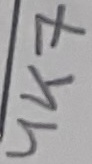
Text: R3